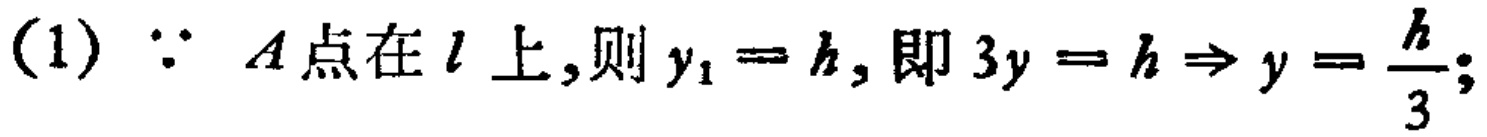
(1) $\because A\text{点在}l\text{上,则}y_{1}=h,\text{即}3y = h\Rightarrow y=\frac{h}{3};$